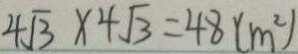
4 \sqrt { 3 } \times 4 \sqrt { 3 } = 4 8 ( m ^ { 2 } )